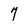
Character: 7